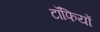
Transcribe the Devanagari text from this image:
टॉफियों